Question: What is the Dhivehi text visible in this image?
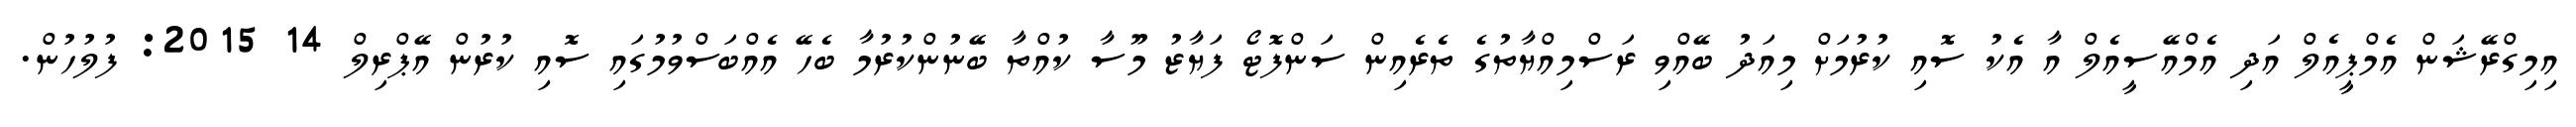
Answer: އިމިގްރޭޝަން އެމްޕީއެލް އަދި އެމްއޭސީއެލް އާ އެކު ސޮއި ކުރުމަށް މިއަދު ބޭއްވި ރަސްމިއްޔާތުގެ ތެރެއިން ސަންފޮޓޯ ފަޔާޒު މޫސާ ކުއްތާ ބޭނުންކުރުމާ ބެހޭ އެއްބަސްވުމުގައި ސޮއި ކުރުން އޭޕްރިލް 14 2015: ފުލުހުން.